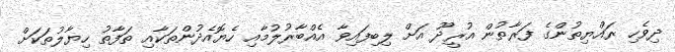
ދިވެހި ރައްޔިތުންގެ ފަރާތުން އުރީދޫ އަށް ލިބިފައިވާ އެއްބާރުލުމާއި ހެޔޮއެދުންތަކާއި ތަފާތު ހިޔާލުތަކަށް